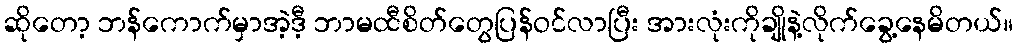
ဆိုတော့ ဘန်ကောက်မှာအဲ့ဒီ့ ဘာမထီစိတ်တွေပြန်ဝင်လာပြီး အားလုံးကိုချိုနဲ့လိုက်ခွေ့နေမိတယ်။